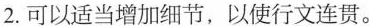
2.可以适当增加细节，以使行文连贯。